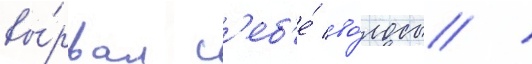
вы́рвал с'еб'е́ во́лосы /